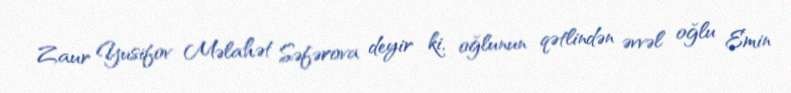
Zaur Yusifov Məlahət Səfərova deyir ki, oğlunun qətlindən əvvəl oğlu Emin